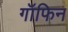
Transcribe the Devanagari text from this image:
गॉफिन